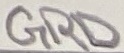
Text: GRD